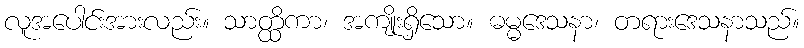
လူအပေါင်းအားလည်း။ သာတ္ထိကာ၊ အကျိုးရှိသော။ ဓမ္မဒေသနာ၊ တရားဒေသနာသည်။